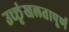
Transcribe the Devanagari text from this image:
उच्छृंखलतापूर्ण